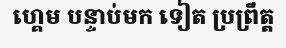
ហ្គេម បន្ទាប់មក ទៀត ប្រព្រឹត្ត